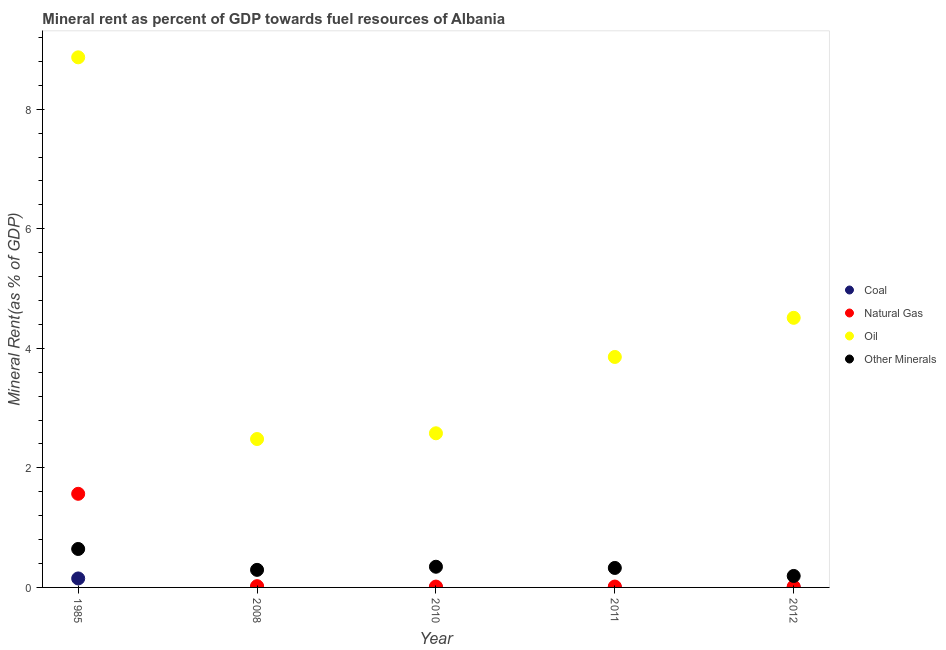
| Year | Coal | Natural Gas | Oil | Other Minerals |
 | --- | --- | --- | --- | --- |
 | 1985 | 0.15 | 1.57 | 8.87 | 0.643 |
 | 2008 | 0.00292 | 0.0215 | 2.48 | 0.294 |
 | 2010 | 0.000126 | 0.0141 | 2.58 | 0.346 |
 | 2011 | 0.000253 | 0.0147 | 3.86 | 0.326 |
 | 2012 | 2.83e-05 | 0.0134 | 4.51 | 0.192 |